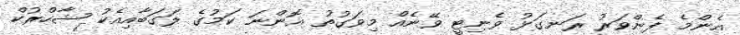
އެންމެ ފެންވަރު ރަނގަޅު ވެނިޓީ ވޭނެއް މިވަގުތު އޮންނަ ކަމުގެ ލަގަބާއިއެކު ޝާހްރުކް